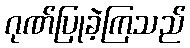
ဂုဏ်ပြုခဲ့ကြသည်